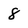
Character: 8